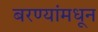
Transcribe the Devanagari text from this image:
बरण्यांमधून